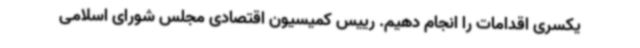
یکسری اقدامات را انجام دهیم. رییس کمیسیون اقتصادی مجلس شورای اسلامی